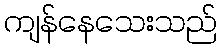
ကျန်နေသေးသည်